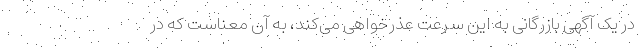
در یک آگهی بازرگانی به این سرعت عذرخواهی می‌کند، به آن معناست که در